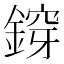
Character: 𨩴